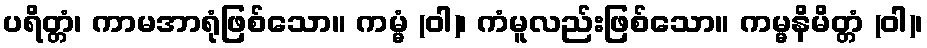
ပရိတ္တံ၊ ကာမအာရုံဖြစ်သော။ ကမ္မံ (ဝါ)၊ ကံမူလည်းဖြစ်သော။ ကမ္မနိမိတ္တံ (ဝါ)၊